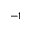
^ { - 1 }